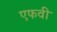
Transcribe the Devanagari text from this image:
एफवी